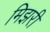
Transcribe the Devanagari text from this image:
मिझरी